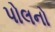
પોલનો